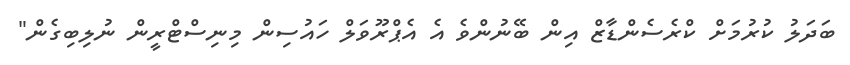
ބަދަލު ކުރުމަށް ކްރެސެންޑާޒް އިން ބޭނުންވެ އެ އެޕްރޫވަލް ހައުސިން މިނިސްޓްރީން ނުލިބިގެން"